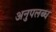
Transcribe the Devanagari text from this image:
अनुपलब्‍ध